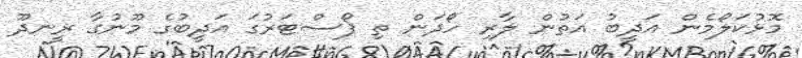
މޮޅުކަލޯމެން އަދީބު އަތުން ލާރި ހޯދަން ތި ޕޯސްޓަރުގަ އަދީބުގެ މޫނުގާ ރީނދޫ